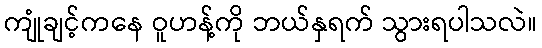
ကျုံချင့်ကနေ ဝူဟန့်ကို ဘယ်နှရက် သွားရပါသလဲ။